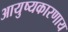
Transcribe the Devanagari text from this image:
आयुष्यकारणाय